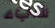
شيء